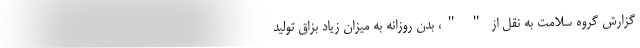
گزارش گروه سلامت به نقل از " "، بدن روزانه به میزان زیاد بزاق تولید